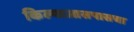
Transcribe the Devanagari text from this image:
किल्याआसपासचा